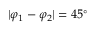
\lvert \varphi _ { 1 } - \varphi _ { 2 } \rvert = 4 5 ^ { \circ }